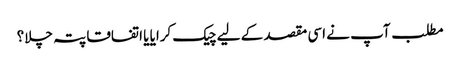
مطلب آپ نے اسی مقصد کے لیے چیک کرایا یا اتفاقا پتہ چلا؟